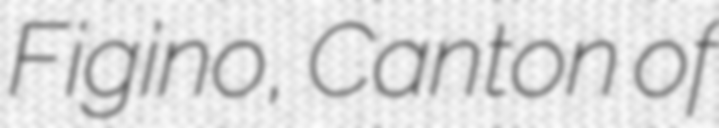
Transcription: Figino, Canton of